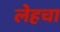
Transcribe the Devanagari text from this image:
लेहचा